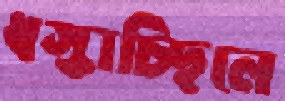
ধস্‌কাচ্ছিলে